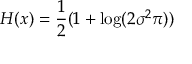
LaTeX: H ( x ) = { \frac { 1 } { 2 } } ( 1 + \log ( 2 \sigma ^ { 2 } \pi ) )